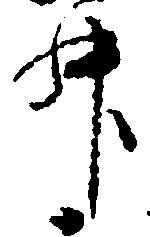
升